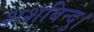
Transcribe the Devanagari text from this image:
शशबिन्दु।